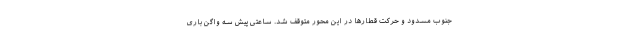
جنوب مسدود و حرکت قطارها در این محور متوقف شد. ساعتی پیش سه واگن باری